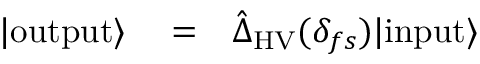
\begin{array} { r l r } { | \mathrm { o u t p u t } \rangle } & { { } = } & { \hat { \Delta } _ { \mathrm { H V } } ( \delta _ { f s } ) | \mathrm { i n p u t } \rangle } \end{array}